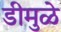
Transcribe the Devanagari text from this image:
डीमुळे